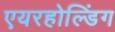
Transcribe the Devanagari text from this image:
एयरहोल्डिंग